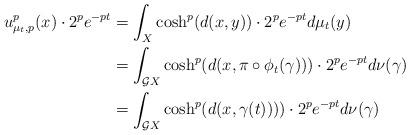
LaTeX: \begin{align*}u^p_{\mu_t, p}(x) \cdot 2^p e^{-pt} & = \int_X \cosh^p(d(x,y)) \cdot 2^p e^{-pt} d\mu_t(y) \\ & = \int_{\mathcal{G} X} \cosh^p(d(x, \pi \circ \phi_t (\gamma))) \cdot 2^p e^{-pt} d\nu(\gamma) \\ & = \int_{\mathcal{G} X} \cosh^p(d(x, \gamma(t)))) \cdot 2^p e^{-pt} d\nu(\gamma) \\\end{align*}